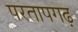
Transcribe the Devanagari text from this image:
परतापगढ़